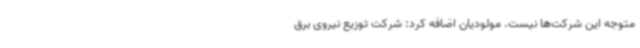
متوجه این شرکت‌ها نیست. مولودیان اضافه کرد: شرکت توزیع نیروی برق